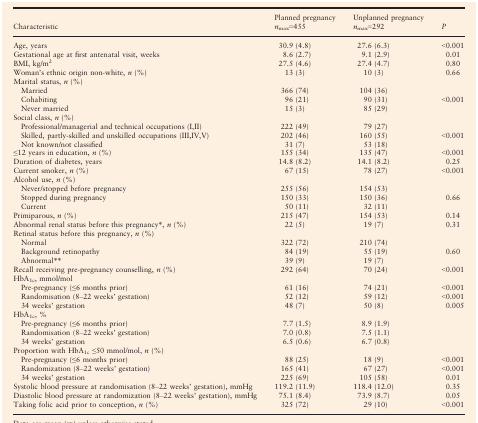
<table><thead><tr><td rowspan="2"><b>Characteristic</b></td><td><b>Planned pregnancy</b></td><td><b>Unplanned pregnancy</b></td><td rowspan="2"><b><i>P</i></b></td></tr><tr><td><b><i>n</i><sub>max</sub>=455</b></td><td><b><i>n</i><sub>max</sub>=292</b></td></tr></thead><tbody><tr><td>Age, years</td><td>30.9 (4.8)</td><td>27.6 (6.3)</td><td>&lt;0.001</td></tr><tr><td>Gestational age at first antenatal visit, weeks</td><td>8.6 (2.7)</td><td>9.1 (2.9)</td><td>0.01</td></tr><tr><td>BMI, kg/m<sup>2</sup></td><td>27.5 (4.6)</td><td>27.4 (4.7)</td><td>0.80</td></tr><tr><td>Woman&#x27;s ethnic origin non‐white, <i>n</i> (%)</td><td>13 (3)</td><td>10 (3)</td><td>0.66</td></tr><tr><td colspan="4">Marital status, <i>n</i> (%)</td></tr><tr><td>Married</td><td>366 (74)</td><td>104 (36)</td><td></td></tr><tr><td>Cohabiting</td><td>96 (21)</td><td>90 (31)</td><td>&lt;0.001</td></tr><tr><td>Never married</td><td>15 (3)</td><td>85 (29)</td><td></td></tr><tr><td colspan="4">Social class, <i>n</i> (%)</td></tr><tr><td>Professional/managerial and technical occupations (I,II)</td><td>222 (49)</td><td>79 (27)</td><td></td></tr><tr><td>Skilled, partly‐skilled and unskilled occupations (III,IV,V)</td><td>202 (46)</td><td>160 (55)</td><td>&lt;0.001</td></tr><tr><td>Not known/not classified</td><td>31 (7)</td><td>53 (18)</td><td></td></tr><tr><td>≤12 years in education, <i>n</i> (%)</td><td>155 (34)</td><td>135 (47)</td><td>&lt;0.001</td></tr><tr><td>Duration of diabetes, years</td><td>14.8 (8.2)</td><td>14.1 (8.2)</td><td>0.25</td></tr><tr><td>Current smoker, <i>n</i> (%)</td><td>67 (15)</td><td>78 (27)</td><td>&lt;0.001</td></tr><tr><td colspan="4">Alcohol use, <i>n</i> (%)</td></tr><tr><td>Never/stopped before pregnancy</td><td>255 (56)</td><td>154 (53)</td><td></td></tr><tr><td>Stopped during pregnancy</td><td>150 (33)</td><td>150 (36)</td><td>0.66</td></tr><tr><td>Current</td><td>50 (11)</td><td>32 (11)</td><td></td></tr><tr><td>Primiparous, <i>n</i> (%)</td><td>215 (47)</td><td>154 (53)</td><td>0.14</td></tr><tr><td>Abnormal renal status before this pregnancy*, <i>n</i> (%)</td><td>22 (5)</td><td>19 (7)</td><td>0.31</td></tr><tr><td colspan="4">Retinal status before this pregnancy, <i>n</i> (%)</td></tr><tr><td>Normal</td><td>322 (72)</td><td>210 (74)</td><td></td></tr><tr><td>Background retinopathy</td><td>84 (19)</td><td>55 (19)</td><td>0.60</td></tr><tr><td>Abnormal**</td><td>39 (9)</td><td>19 (7)</td><td></td></tr><tr><td>Recall receiving pre‐pregnancy counselling, <i>n</i> (%)</td><td>292 (64)</td><td>70 (24)</td><td>&lt;0.001</td></tr><tr><td colspan="4">HbA<sub>1c</sub>, mmol/mol </td></tr><tr><td>Pre‐pregnancy (≤6 months prior)</td><td>61 (16) </td><td>74 (21) </td><td>&lt;0.001</td></tr><tr><td>Randomisation (8–22 weeks’ gestation)</td><td>52 (12) </td><td>59 (12) </td><td>&lt;0.001</td></tr><tr><td>34 weeks’ gestation</td><td>48 (7)</td><td>50 (8) </td><td>0.005</td></tr><tr><td colspan="4">HbA<sub>1c</sub>, %</td></tr><tr><td>Pre‐pregnancy (≤6 months prior)</td><td>7.7 (1.5)</td><td>8.9 (1.9)</td><td rowspan="3"></td></tr><tr><td>Randomisation (8–22 weeks’ gestation)</td><td>7.0 (0.8)</td><td>7.5 (1.1)</td></tr><tr><td>34 weeks’ gestation</td><td>6.5 (0.6)</td><td>6.7 (0.8)</td></tr><tr><td colspan="4">Proportion with HbA<sub>1c</sub> ≤50 mmol/mol, <i>n</i> (%)</td></tr><tr><td>Pre‐pregnancy (≤6 months prior)</td><td>88 (25)</td><td>18 (9)</td><td>&lt;0.001</td></tr><tr><td>Randomization (8–22 weeks’ gestation)</td><td>165 (41)</td><td>67 (27)</td><td>&lt;0.001</td></tr><tr><td>34 weeks’ gestation</td><td>225 (69)</td><td>105 (58)</td><td>0.01</td></tr><tr><td>Systolic blood pressure at randomisation (8–22 weeks’ gestation), mmHg</td><td>119.2 (11.9)</td><td>118.4 (12.0)</td><td>0.35</td></tr><tr><td>Diastolic blood pressure at randomization (8–22 weeks’ gestation), mmHg</td><td>75.1 (8.4)</td><td>73.9 (8.7)</td><td>0.05</td></tr><tr><td>Taking folic acid prior to conception, <i>n</i> (%)</td><td>325 (72)</td><td>29 (10)</td><td>&lt;0.001</td></tr></tbody></table>